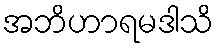
အဘိဟာရမဒါသိ